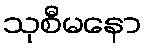
သုစီမနော